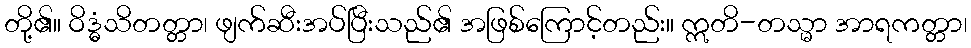
တို့၏။ ဝိဒ္ဓံသိတတ္တာ၊ ဖျက်ဆီးအပ်ပြီးသည်၏ အဖြစ်ကြောင့်တည်း။ ဣတိ-တသ္မာ အာရကတ္တာ၊